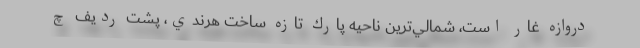
دروازه غار است، شمالي‌ترين ناحيه پارك تازه ساخت هرندي، پشت رديف چ